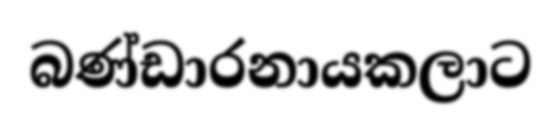
බණ්ඩාරනායකලාට